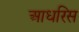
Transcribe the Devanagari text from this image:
आधरिस